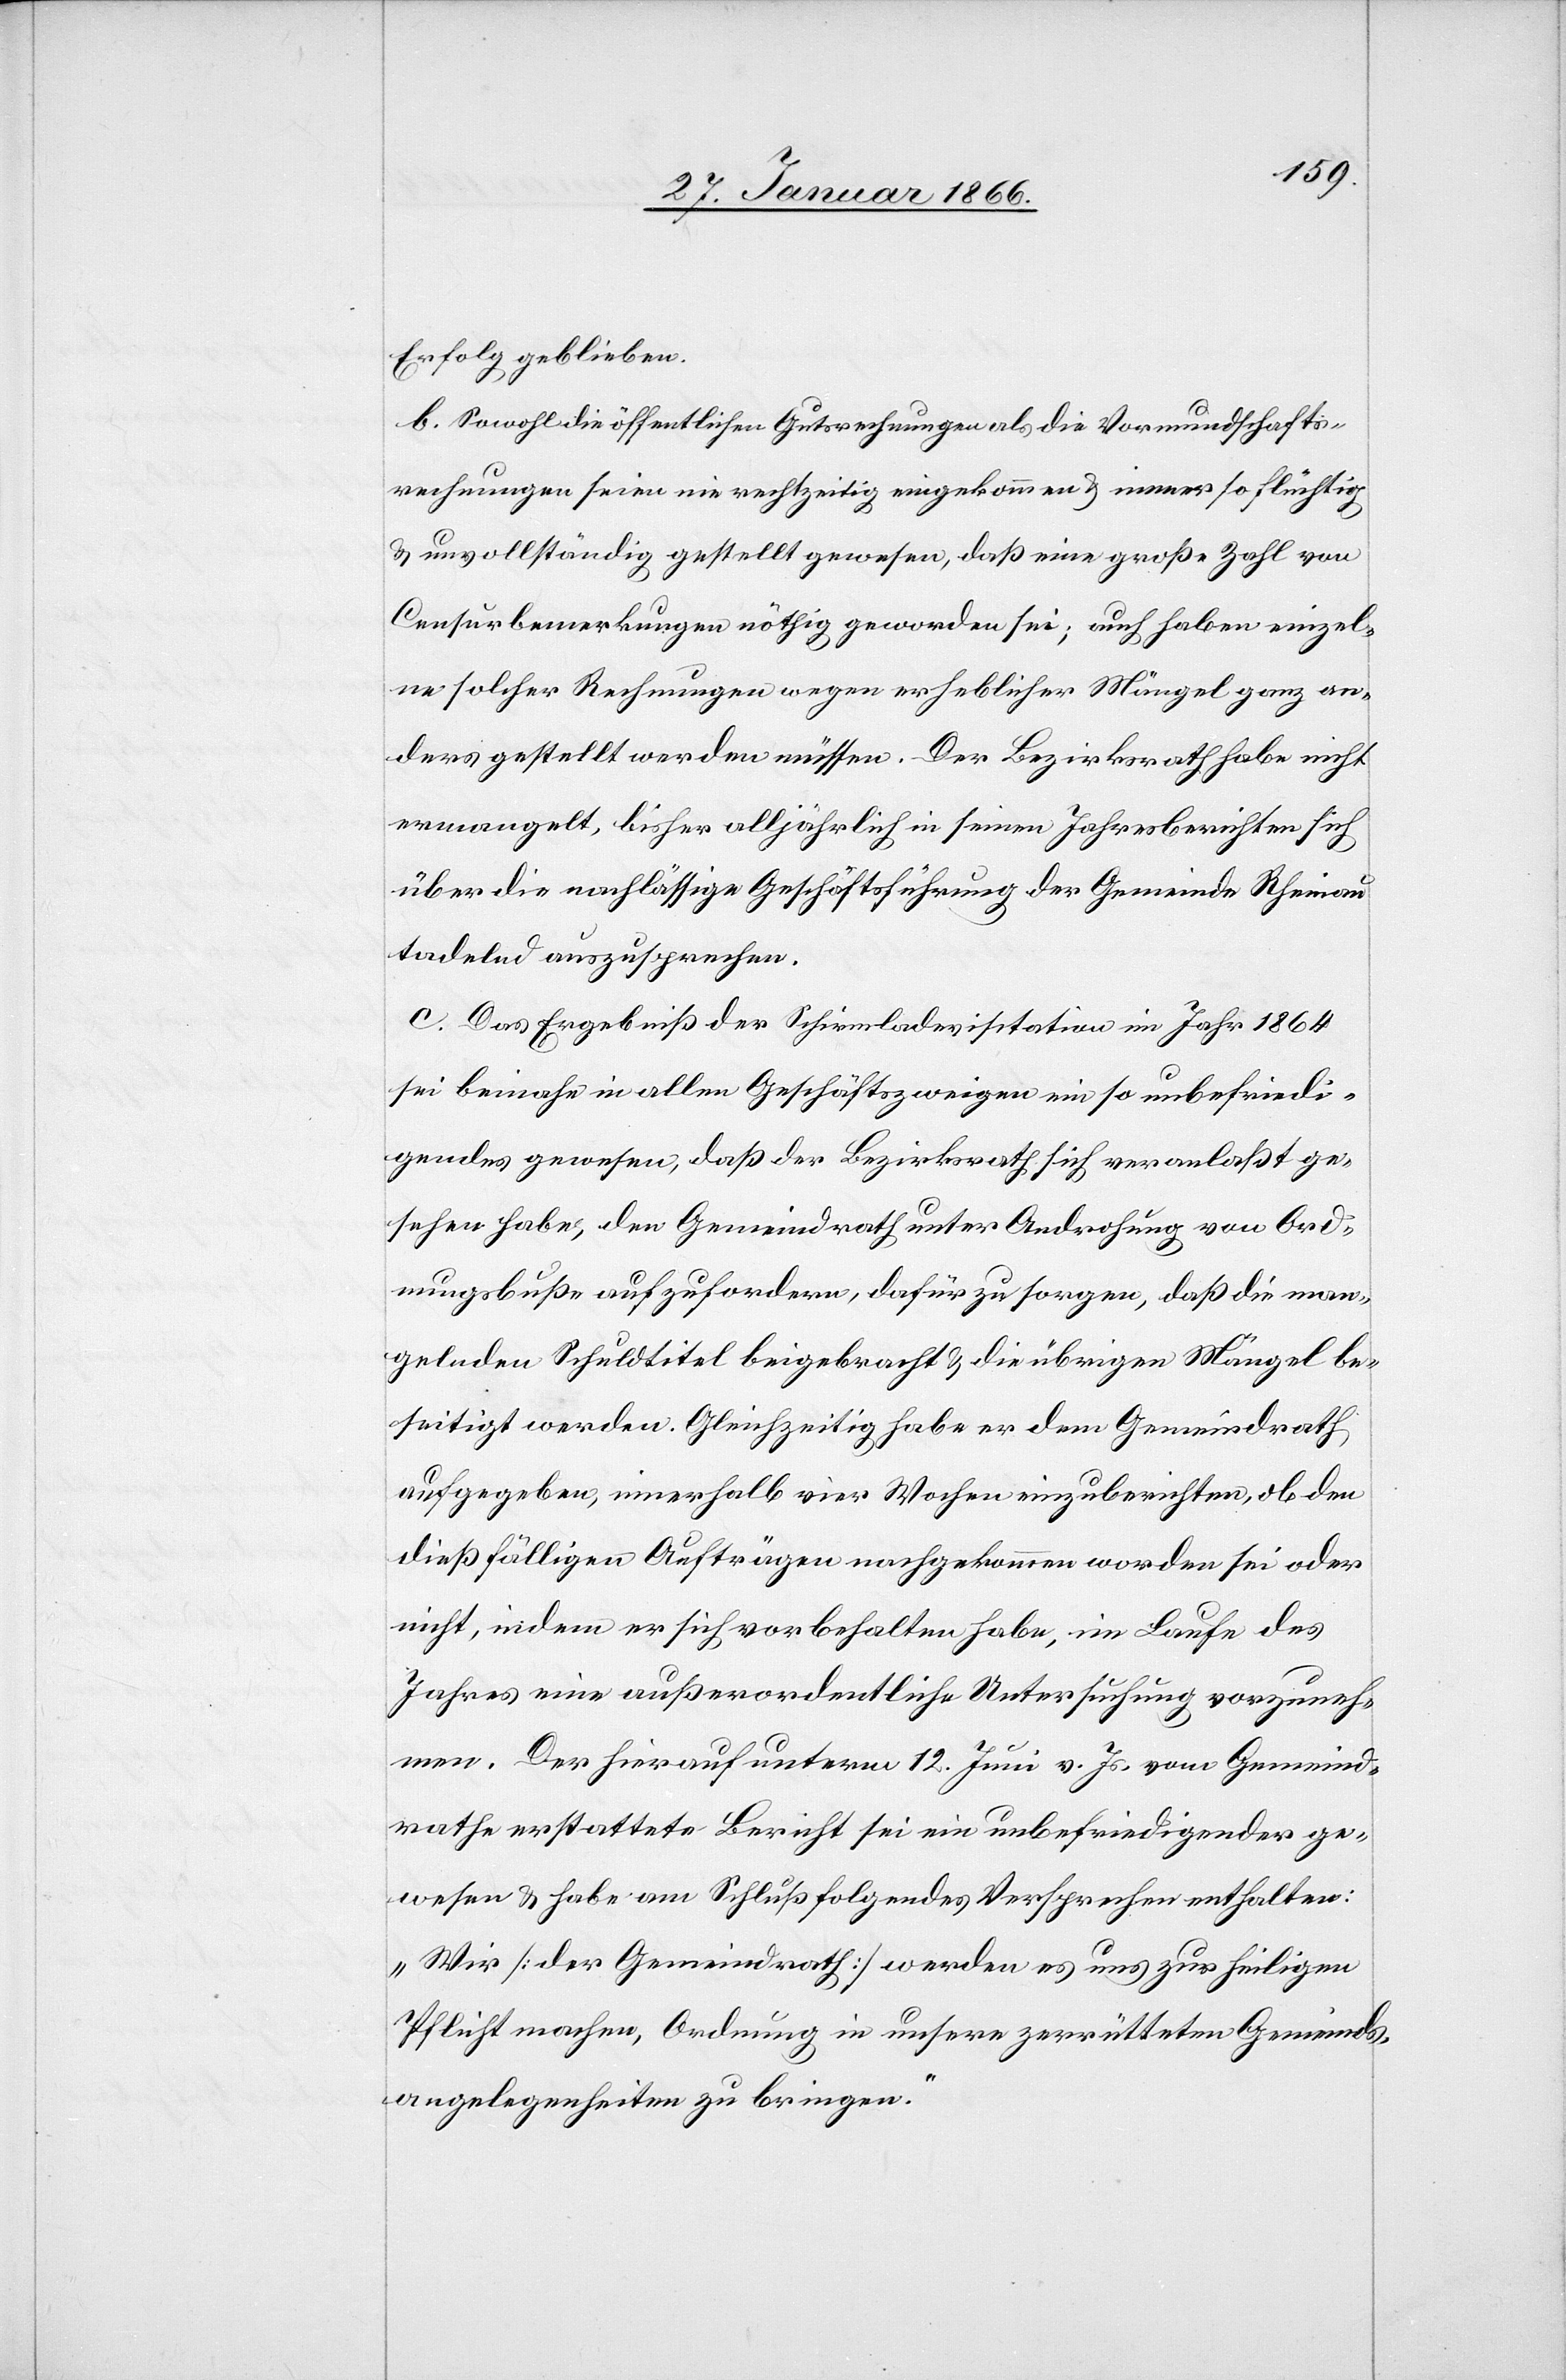
Erfolg geblieben.
b. Sowohl die öffentlichen Gutsrechnungen als die Vormundschafts¬
rechnungen seien nie rechtzeitig eingekommen u. immer so flüchtig
u. unvollständig gestellt gewesen, daß eine große Zahl von
Censurbemerkungen nöthig geworden sei; auch haben einzel¬
ne solcher Rechnungen wegen erheblicher Mängel ganz an¬
ders gestellt werden müssen. Der Bezirksrath habe nicht
ermangelt, bisher alljährlich in seinen Jahresberichten sich
über die nachlässige Geschäftsführung der Gemeinde Rheinau
tadelnd auszusprechen.
c. Das Ergebniß der Schirmladenvisitation im Jahr 1864
sei beinahe in allen Geschäftszweigen ein so unbefriedi¬
gendes gewesen, daß der Bezirksrath sich veranlaßt ge¬
sehen habe, den Gemeindrath unter Androhung von Ord¬
nungsbuße aufzufordern, dafür zu sorgen, daß die man¬
gelnden Schuldtitel beigebracht u. die übrigen Mängel be¬
seitigt werden. Gleichzeitig habe er dem Gemeindrath
aufgegeben, innerhalb vier Wochen einzuberichten, ob den
dießfälligen Aufträgen nachgekommen worden sei oder
nicht, indem er sich vorbehalten habe, im Laufe des
Jahres eine außerordentliche Untersuchung vorzuneh¬
men. Der hierauf unterm 12. Juni v. Js. vom Gemeind¬
rathe erstattete Bericht sei ein unbefriedigender ge¬
wesen u. habe am Schluß folgendes Versprechen enthalten:
„Wir [der Gemeindrath] werden es uns zur heiligen
Pflicht machen, Ordnung in unsere zerrütteten Gemeinds¬
angelegenheiten zu bringen.“